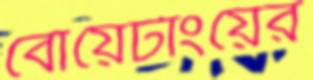
বোয়েটাংয়ের